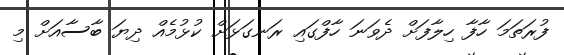
ފުރަތަމަ ހާފާ ހިލާފަށް ދެވަނަ ހާފްގައި ރަނގަޅަށް ކުޅުމެއް ދިޔަ ބާސާއަށް މި